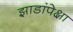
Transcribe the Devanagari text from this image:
झाडांपेक्षा